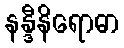
နန္ဒီနိရောဓာ